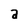
Character: a